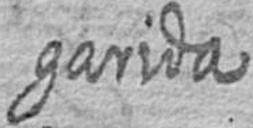
garida